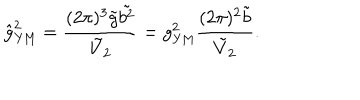
\hat { g } _ { \mathrm { Y M } } ^ { 2 } = \frac { ( 2 \pi ) ^ { 3 } \tilde { g } \tilde { b ^ { 2 } } } { \tilde { V } _ { 2 } } = g _ { \mathrm { Y M } } ^ { 2 } \frac { ( 2 \pi ) ^ { 2 } \tilde { b } } { \tilde { V } _ { 2 } } .